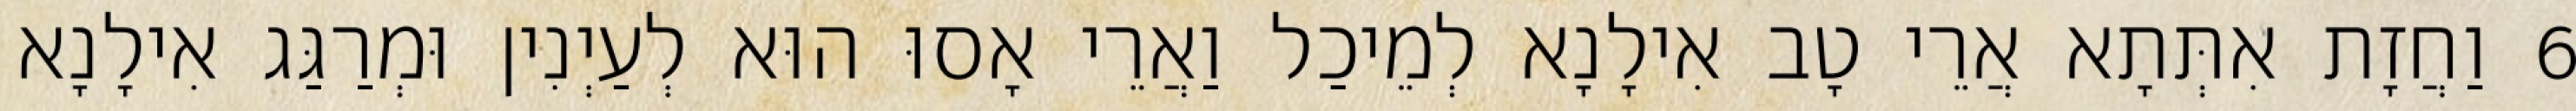
6 וַחֲזָת אִתְּתָא אֲרֵי טָב אִילָנָא לְמֵיכַל וַאֲרֵי אָסוּ הוּא לְעַיְנִין וּמְרַגַּג אִילָנָא